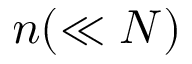
n ( \ll N )